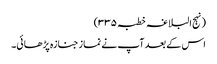
(نہج البلاغہ خطبہ ۳۳۵)
اس کے بعد آپ نے نماز جنازہ پڑھائی۔